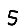
Digit: 5